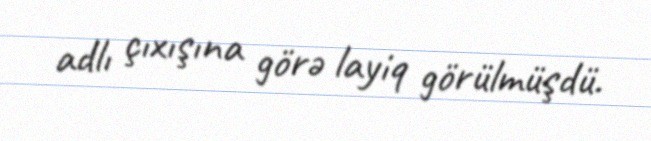
adlı çıxışına görə layiq görülmüşdü.